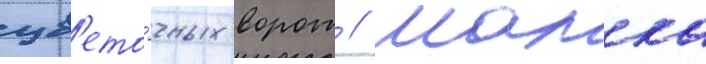
цв'ето́чных ворот // Малка